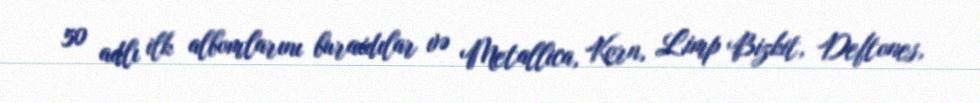
50 adlı ilk albomlarını buraxdılar və Metallica, Korn, Limp Bizkit, Deftones,